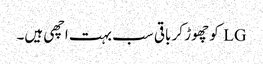
LG کو چھوڑ کر باقی سب بہت اچھی ہیں۔